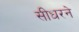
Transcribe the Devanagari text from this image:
सीधरने